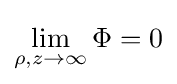
\lim _{\rho ,z\to \infty }\Phi =0